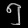
Digit: ၅